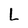
Character: L